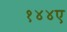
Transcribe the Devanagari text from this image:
१४४ए